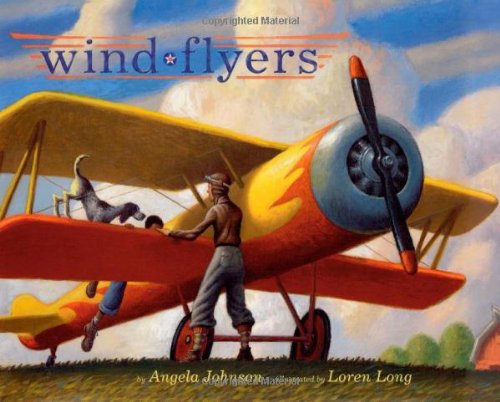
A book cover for Wind Flyers; Angela Johnson; Children's Books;